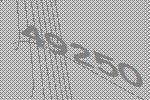
49250